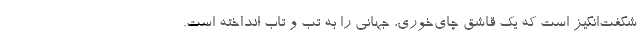
شگفت‌انگیز است که یک قاشق چای‌خوری، جهانی را به تب و تاب انداخته است.